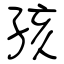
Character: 孩